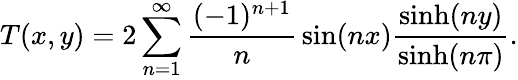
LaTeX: T(x,y)=2\sum_{n=1}^{\infty}{\frac{(-1)^{n+1}}{n}}\sin(nx){\frac{\sinh(ny)}{\sinh(n\pi)}}.